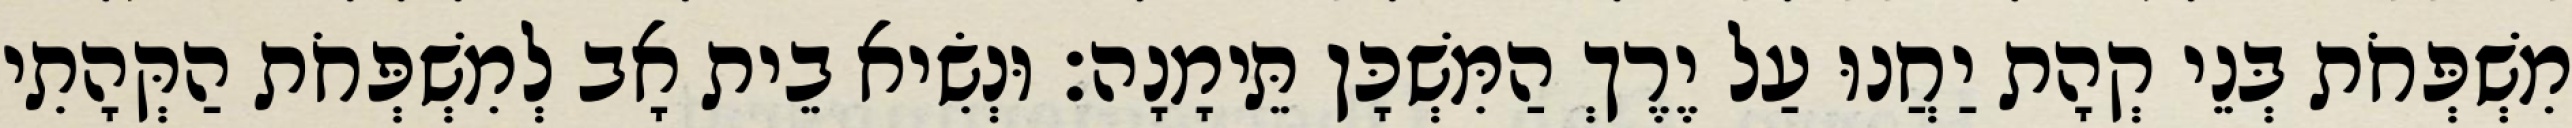
מִשְׁפְּחֹת בְּנֵי קְהָת יַחֲנוּ עַל יֶרֶךְ הַמִּשְׁכָּן תֵּימָנָה׃ וּנְשִׂיא בֵית אָב לְמִשְׁפְּחֹת הַקְּהָתִי